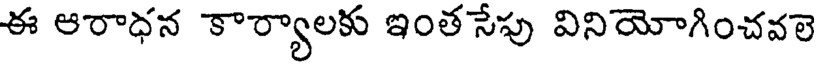
ఈ ఆరాధన కార్యాలకు ఇంత సేపు వినియోగించవలె